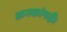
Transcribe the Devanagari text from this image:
कनकांगदी।